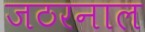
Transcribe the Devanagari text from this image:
जठरनाल